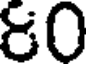
&0